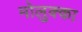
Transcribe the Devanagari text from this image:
मोलुक्का